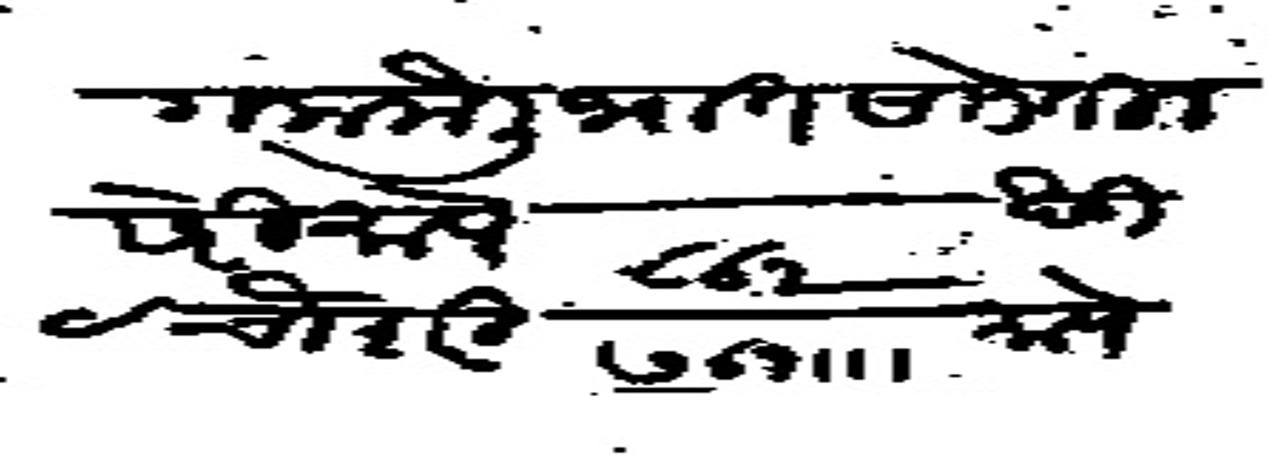
Transliteration (Devanagari): गला कैली भात साडेतीन सेरी मापे ८6२ खंडी चौ शेरी ७6१ ।।। मापे